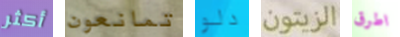
أكثر تمانعون دلو الزيتون اطرق